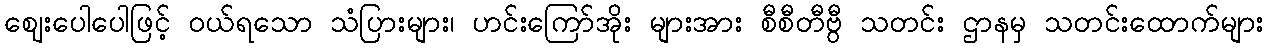
ဈေးပေါပေါဖြင့် ဝယ်ရသော သံပြားများ၊ ဟင်းကြော်အိုး များအား စီစီတီဗွီ သတင်း ဌာနမှ သတင်းထောက်များ